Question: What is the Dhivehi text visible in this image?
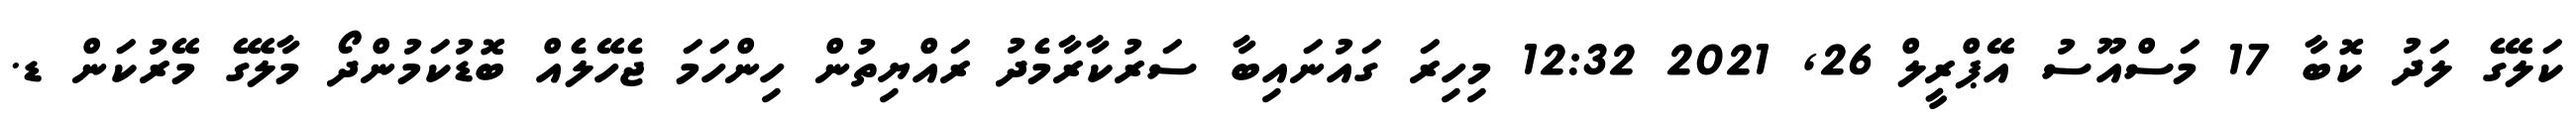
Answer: ކަލޭގެ ލަދު ކޮބާ 17 މަސްއޫސު އޭޕްރީލް 26, 2021 12:32 މިހިރަ ގައުނައިބާ ސަރުކާރާމެދު ރައްޔިތުން ހިންހަމަ ޖެހޭލެއް ބޮޑުކަމުންދޯ މާލޭގެ މޭރުކަން ޑ.